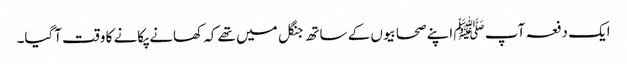
ایک دفعہ آپ ﷺ اپنے صحابیوں کے ساتھ جنگل میں تھے کہ کھانے پکانے کا وقت آگیا۔